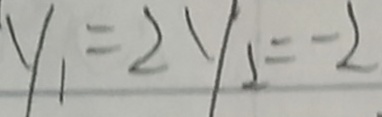
y _ { 1 } = 2 y _ { 2 } = - 2